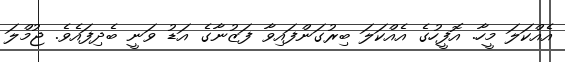
އެއްކަލަ މީހާ. އޮފީހުގެ އެއްކަލަ ބިރުގަންފައިވާ ފަޒުނާގެ އަޑު ވަނީ ބެދިފައެވެ. ޖުމްލަ